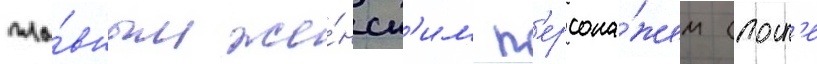
гла́вным же́нск'им п'ерсона́жем (посл'е